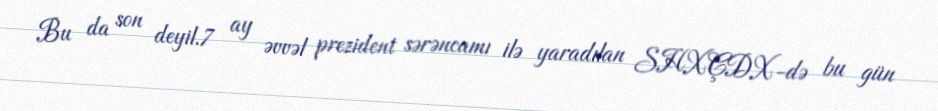
Bu da son deyil.7 ay əvvəl prezident sərəncamı ilə yaradılan SHXÇDX-də bu gün